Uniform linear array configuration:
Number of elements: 48
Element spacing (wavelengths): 0.5
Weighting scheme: hann
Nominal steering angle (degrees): -60
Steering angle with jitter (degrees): -60.044
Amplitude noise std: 0.05
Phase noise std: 0.05

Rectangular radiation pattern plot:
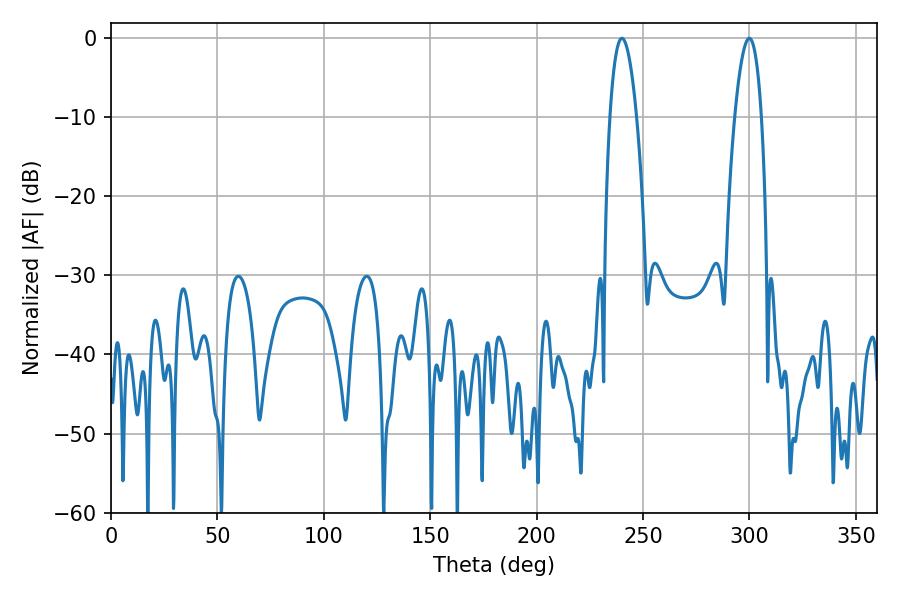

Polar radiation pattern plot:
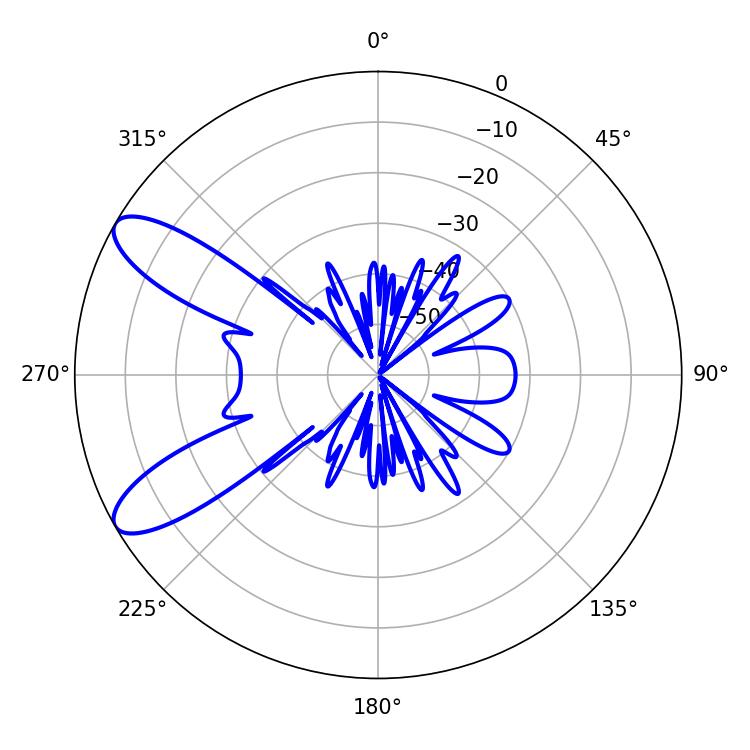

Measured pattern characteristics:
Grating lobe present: FALSE
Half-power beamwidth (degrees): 6.84
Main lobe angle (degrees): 240.12